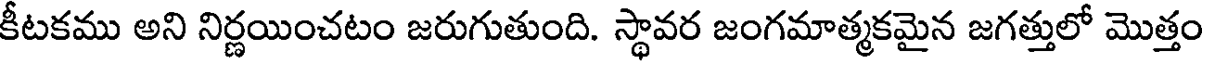
కీటకము అని నిర్ణయించటం జరుగుతుంది. స్థావర జంగమాత్మకమైన జగత్తులో మొత్తం